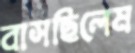
বাসছিলেম